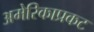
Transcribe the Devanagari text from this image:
अमेरिकाप्रकट